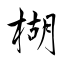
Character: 楜